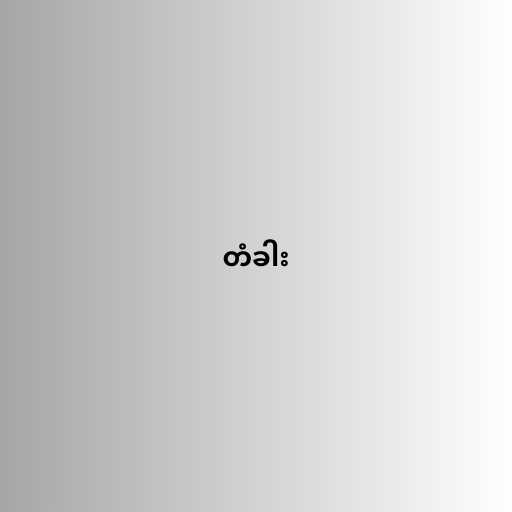
တံခါး